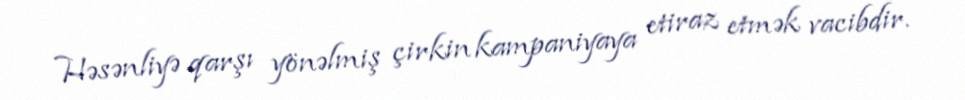
Həsənliyə qarşı yönəlmiş çirkin kampaniyaya etiraz etmək vacibdir.